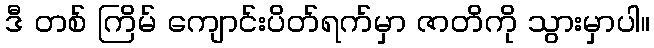
ဒီ တစ် ကြိမ် ကျောင်းပိတ်ရက်မှာ ဇာတိကို သွားမှာပါ။